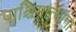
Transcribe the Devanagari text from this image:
पाश्चिमात्यांना